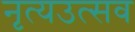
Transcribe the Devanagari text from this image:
नृत्यउत्सव